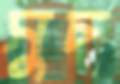
সুচ